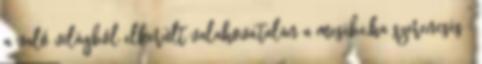
a való világból elkerült valahova,talán a mesébe,ha szerencsés :